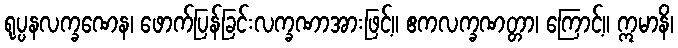
ရုပ္ပနလက္ခဏေန၊ ဖောက်ပြန်ခြင်းလက္ခဏာအားဖြင့်။ ဧကလက္ခဏတ္တာ၊ ကြောင့်။ ဣမာနိ၊